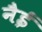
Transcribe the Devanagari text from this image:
नैई